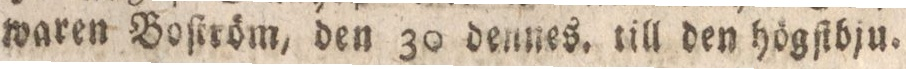
waren Boſtröm, den 30 dennes, till den högſtbju.